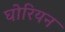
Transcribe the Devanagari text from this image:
घोरियन